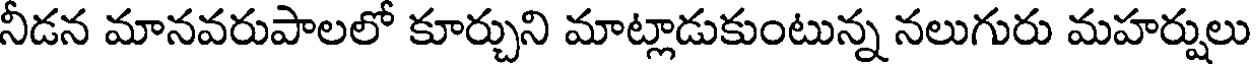
నీడన మానవరుపాలలో కూర్చుని మాట్లాడుకుంటున్న నలుగురు మహర్షులు